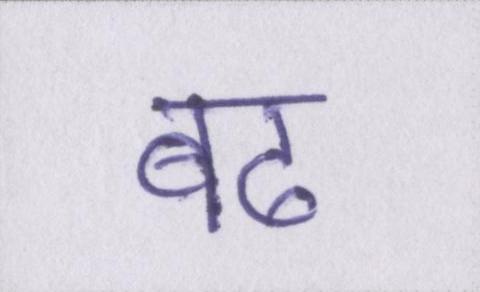
बढ